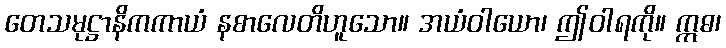
တေသမုဋ္ဌာနိကကာယံ နစာလေတိဟူသော။ အယံဝါယော၊ ဤဝါရကို။ ဣဓ၊